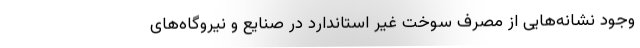
وجود نشانه‌هایی از مصرف سوخت غیر استاندارد در صنایع و نیروگاه‌های